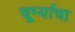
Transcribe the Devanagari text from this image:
चूर्म्याचा